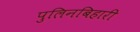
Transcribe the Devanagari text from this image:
पुलिनबिहारी